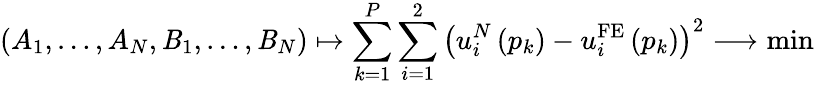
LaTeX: \left(A_{1},\dots,A_{N},\mathit{B}_{1},\dots,\mathit{B}_{N}\right)\mapsto\sum_{k=1}^{P}\sum_{i=1}^{2}\left(u_{i}^{N}\left(p_{k}\right)-u_{i}^{\mathrm{{FE}}}\left(p_{k}\right)\right)^{2}\longrightarrow\mathrm{{min}}